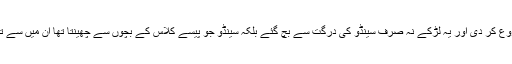
اس کا فائدہ یہ ہوا کہ ’سینڈو‘ نے اُن پر نظر کرم کرنا شروع کر دی اور یہ لڑکے نہ صرف سینڈو کی دُرگت سے بچ گئے بلکہ سینڈو جو پیسے کلاس کے بچوں سے چھینتا تھا ان میں سے تھوڑے بہت اِن بچوں کو بھی بطور انعام دے دیا کرتا تھا۔